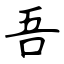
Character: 吾